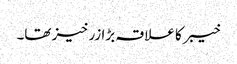
خیبر کا علاقہ بڑا زرخیز تھا۔